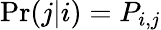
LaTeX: \Pr(j|i)=P_{i,j}